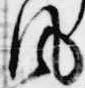
風